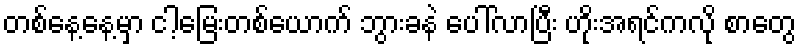
တစ်နေ့နေ့မှာ ငါ့မြေးတစ်ယောက် ဘွားခနဲ ပေါ်လာပြီး ဟိုးအရင်ကလို စာတွေ